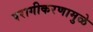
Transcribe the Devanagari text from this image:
परागीकरणामुळे